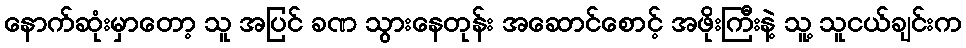
နောက်ဆုံးမှာတော့ သူ အပြင် ခဏ သွားနေတုန်း အဆောင်စောင့် အဖိုးကြီးနဲ့ သူ့ သူငယ်ချင်းက